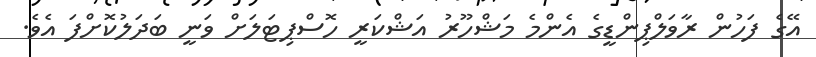
އޭގެ ފަހުން ރާވަލްޕިންޑީގެ އެންމެ މަޝްހޫރު އަޝްކަރީ ހޮސްޕިޓަލަށް ވަނީ ބަދަލުކޮށްފަ އެވެ.